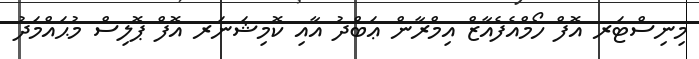
މިނިސްޓަރ އޮފް ހޯމްއެފެއާޒް އިމްރާން ޢަބްދު އާއި ކޮމިޝަނަރ އޮފް ޕޮލިސް މުޙައްމަދު